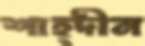
শাহ্দীন